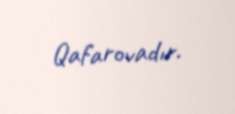
Qafarovadır.